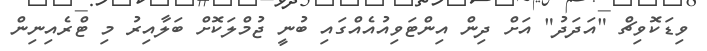
ވިޑަކޮވިޗް "އަދަދު" އަށް ދިން އިންޓަވިއުއެއްގައި ބުނީ ޖުމްލަކޮށް ބަލާއިރު މި ޓްރެއިނިން